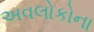
અવલોકોના